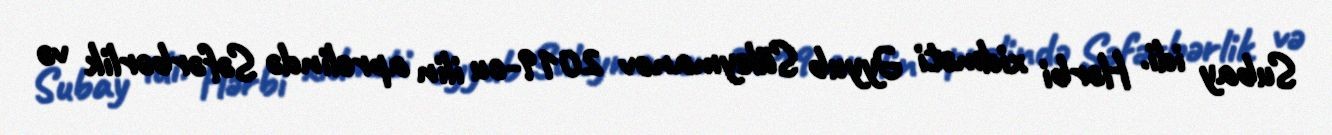
Subay idi. Hərbi xidməti Əyyub Süleymanov 2019-cu ilin aprelində Səfərbərlik və